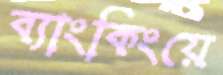
ব্যাংকিংয়ে